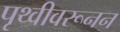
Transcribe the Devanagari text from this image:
पृथ्वीवरूनन